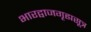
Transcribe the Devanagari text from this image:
भारद्वाजगृह्यसूत्र